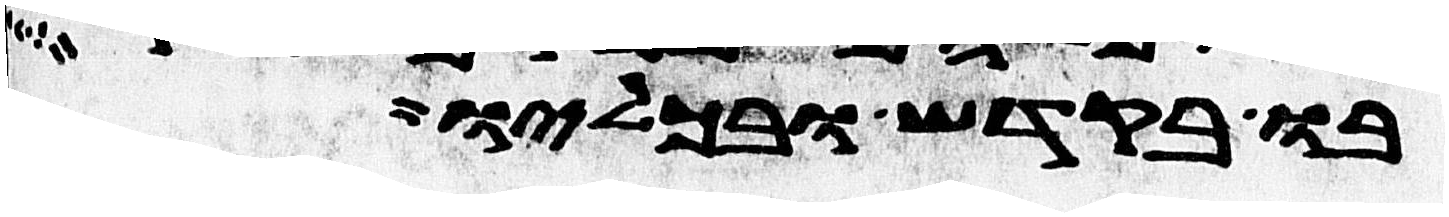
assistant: בו בקדש ובכליו